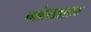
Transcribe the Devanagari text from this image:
मोखला